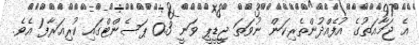
އެ ޖަމާއަތުގެ އުފެއްދުންތެރިކަން ނުވަތަ ޖީޑީޕީ ވަނީ 0.3 ޕަސެންޓްގައި ކުރިއަރާފަ އެވެ.